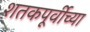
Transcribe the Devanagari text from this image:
शतकपूर्वीच्या